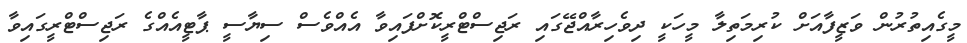
މީގެއިތުރުން ވަޒީފާއަށް ކުރިމަތިލާ މީހަކީ ދިވެހިރާއްޖޭގައި ރަޖިސްޓްރީކޮށްފައިވާ އެއްވެސް ސިޔާސީ ޕާޓީއެއްގެ ރަޖިސްޓްރީގައިވާ